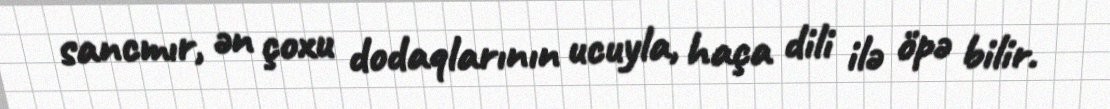
sancmır, ən çoxu dodaqlarının ucuyla, haça dili ilə öpə bilir.